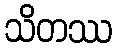
သိတဿ